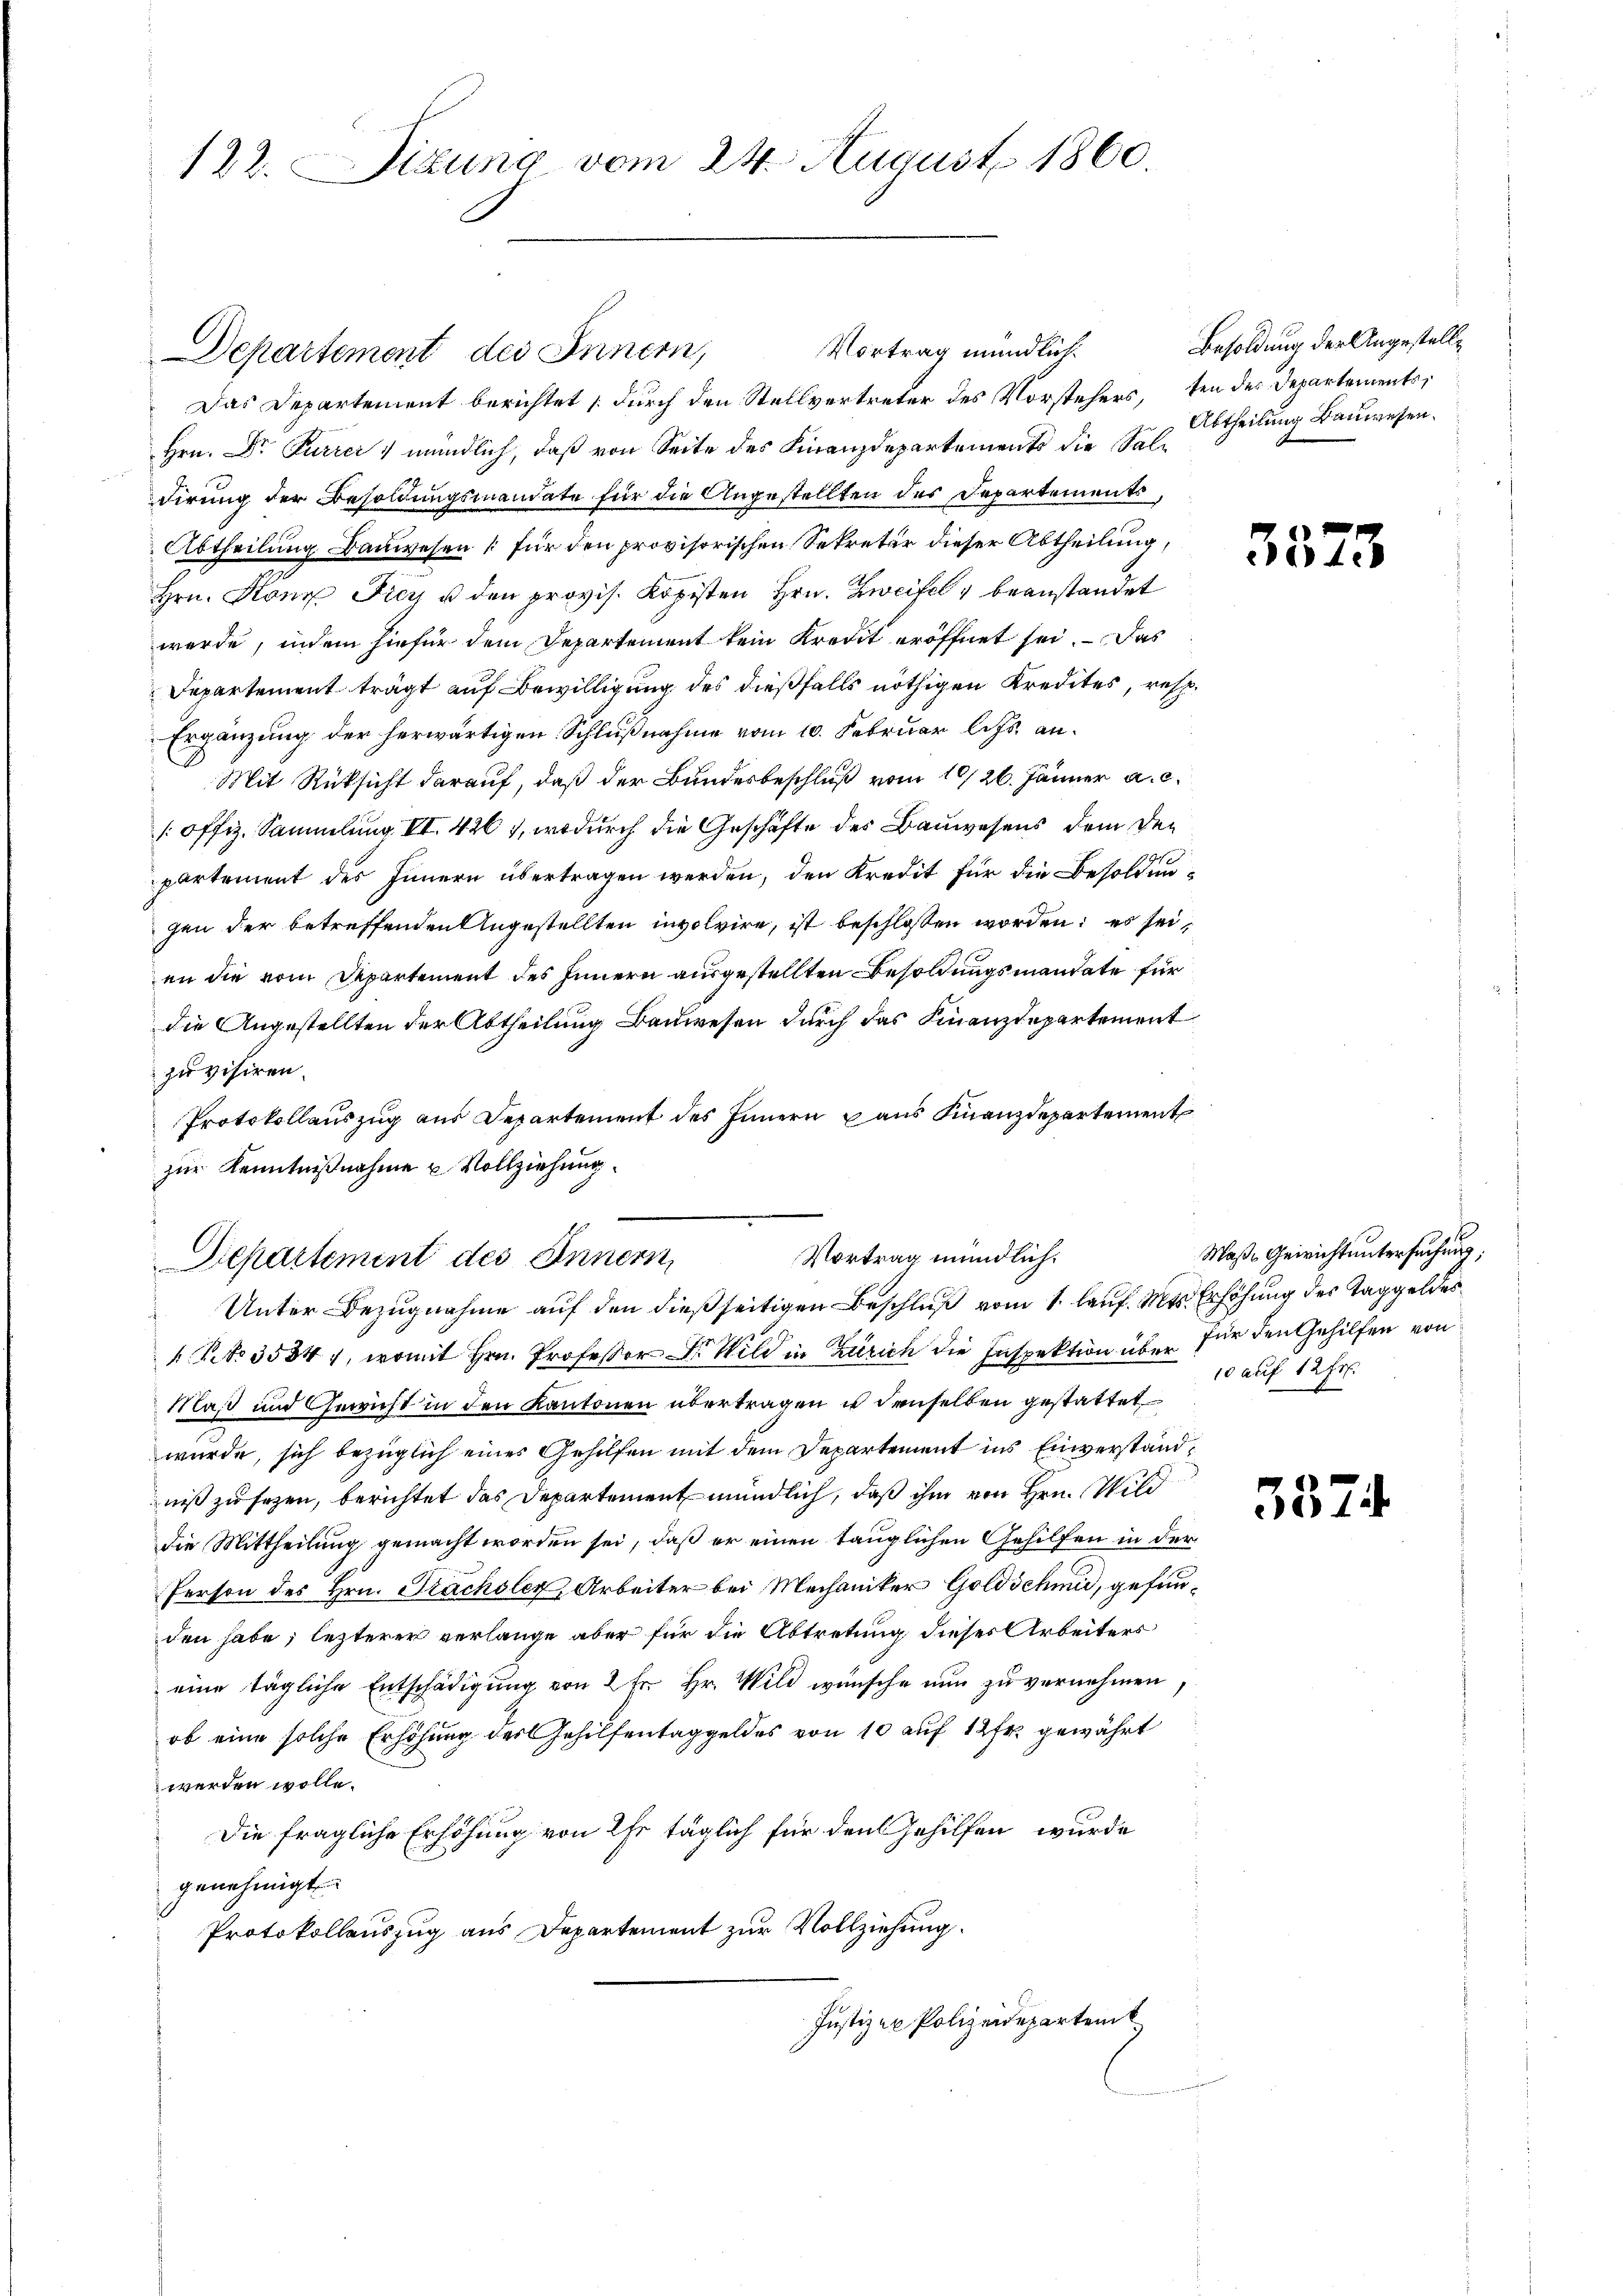
122. Sizung vom 24. August 1860.

Vortrag mündlich.
Departement des Innern,
Das Departement berichtet (durch den Stellvertreter des Vorstehers, ten der Departements¬
Hrn. Dr Furrer mündlich, daß von Seite des Finanzdepartements die Saldirung der Besoldungsmandate für die Angestellten des Departements
Abtheilung Bauwesen für den provisorischen Sekretär dieser Abtheilung,
Hrn. Konz Fier u den provis. Kopisten Hrn. Zweifel beanstandet
werde, indem hiefür dem Departement kein Kredit eröffnet sei. — Das
Departement trägt auf Bewilligung des dießfalls nöthigen Kredites, resp.
Ergänzung der herwärtigen Schlußnahme vom 10. Februar l. Js. an¬
Mit Rücksicht darauf, daß der Bundesbeschluß vom 10/26. Jänner a. c.
/: Offiz. Sammlung VI. 426), wodurch die Geschäfte des Bauwesens dem Departement des Innern übertragen werden, den Kredit für die Besoldungen der betreffenden Angestellten involvire, ist beschlossen worden; es sei,
en die vom Departement des Innern ausgestellten Besoldungsmandate für
die Angestellten der Abtheilung Bauwesen durch das Finanzdepartement
zuvisiren.
Protokollauszug aus Departement des Innern aus Finanzdepartement
zur Kenntnißnahme u Vollziehung
Vortrag mündlich:
Departement des Innern,
Unter Bezugnahme auf den dießseitigen Beschluß vom 1. lauf. Mts. Erhöhung des Taggeldes
 Pct. 35841, womit Hrn. Professor Dr. Wild in Zürich die Inspektion über für den Gehilfen von
Maß und Gericht in den Kantonen übertragen u denselben gestattet
wurde, sich bezüglich eines Gehilfen mit dem Departement ins Einverstandniß zu setzen, berichtet das Departement mündlich, daß ihm von Hrn. Wild
die Mittheilung gemacht worden sei, daß er einen tauglichen Gehilfen in der
Person des Hrn. Frachsler, Arbeiter bei Mechaniker Goldschmid, gefunden habe; lezterer verlange aber für die Abtretung dieses Arbeiters
eine tägliche Entschädigung von 2 fr. Hr. Wild wünsche nun zu vernehmen
ob eine solche Erhöhung des Gehilfentaggeldes von 10 auf 12fr. gewährt
werden wolle.
Die fragliche Erhöhung von Ihr täglich für den Gehilfen, wurde
genehmigt.
Protokollauszug aus Departement zur Vollziehung.
Justizen Polizeidepartent

Besoldung der Angestelle
Abtheilung Bauwesen.

3573

Maße Gerichtuntersuchung;
10 auf 12 Fr.

532